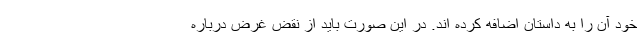
خود آن را به داستان اضافه کرده اند. در این صورت باید از نقض غرض درباره